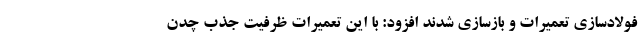
فولادسازی تعمیرات و بازسازی شدند افزود: با این تعمیرات ظرفیت جذب چدن